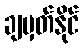
ချမှတ်နိုင်